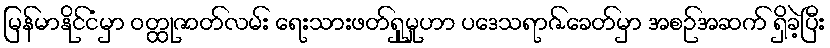
မြန်မာနိုင်ငံမှာ ဝတ္ထုဇာတ်လမ်း ရေးသားဖတ်ရှုမှုဟာ ပဒေသရာဇ်ခေတ်မှာ အစဉ်အဆက် ရှိခဲ့ပြီး